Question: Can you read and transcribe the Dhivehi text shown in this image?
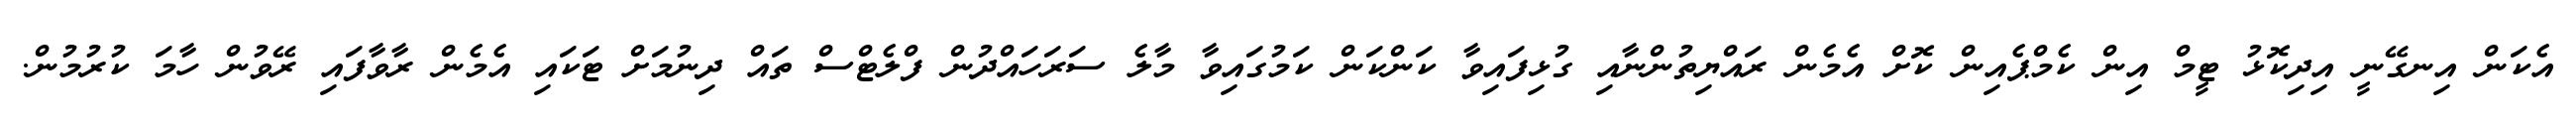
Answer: އެކަން އިނގޭނީ އިދިކޮޅު ޓީމް އިން ކެމްޕެއިން ކޮށް އެމެން ރައްޔިތުންނާއި ގުޅިފައިވާ ކަންކަން ކަމުގައިވާ މާލެ ސަރަހައްދުން ފްލެޓްސް ތައް ދިނުމަށް ޓަކައި އެމެން ރާވާފައި ރޭވުން ހާމަ ކުރުމުން.